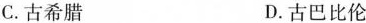
C.古希腊 D.古巴比伦